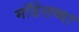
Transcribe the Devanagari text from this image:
मॉडेलच्या